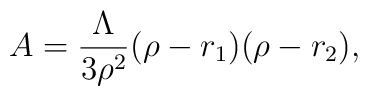
A  =\frac{\Lambda}{3 \rho^2} (\rho-r_1)(\rho-r_2),